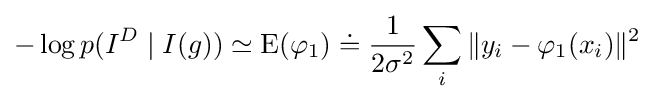
-\log p(I^{D}\mid I(g))\simeq \operatorname {E} (\varphi _{1})\doteq {\frac {1}{2\sigma ^{2}}}\sum _{i}\|y_{i}-\varphi _{1}(x_{i})\|^{2}